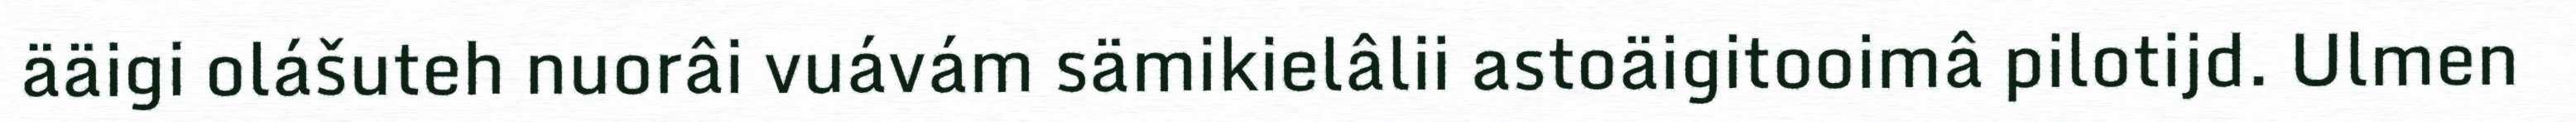
ääigi olášuteh nuorâi vuávám sämikielâlii astoäigitooimâ pilotijd. Ulmen